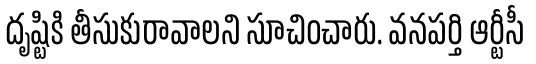
దృష్టికి తీసుకురావాలని సూచించారు. వనపర్తి ఆర్టీసీ